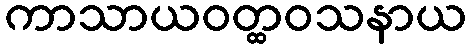
ကာသာယဝတ္ထဝသနာယ